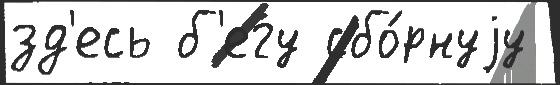
зд'есь б'егу сбо́рнуjу